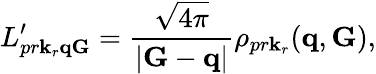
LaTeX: L_{pr\mathbf k_{r}\mathbf q\mathbf G}^{\prime}=\frac{\sqrt{4\pi}}{|\mathbf G-\mathbf q|}\rho_{pr\mathbf k_{r}}(\mathbf q,\mathbf G),